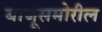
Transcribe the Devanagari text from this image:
बाजूसमोरील